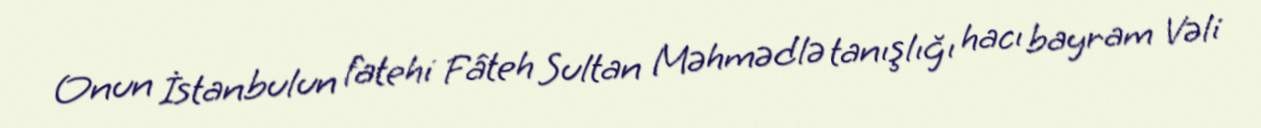
Onun İstanbulun fatehi Fâteh Sultan Məhmədlə tanışlığı hacı bayram Vəli